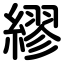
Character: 繆